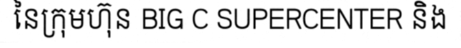
នៃក្រុមហ៊ុន BIG C SUPERCENTER និង